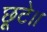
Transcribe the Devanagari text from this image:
छूटे।।